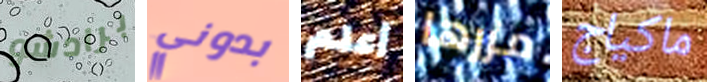
برادشو بدوني أعلم مررها ماكياج